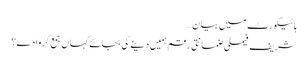
ہائیکورٹ میں بیان…
شریف فیملی ضمانتی رقم ہمیں دینے کی بجائے کہاں جمع کروا دے؟